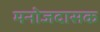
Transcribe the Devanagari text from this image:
मनोजदासक